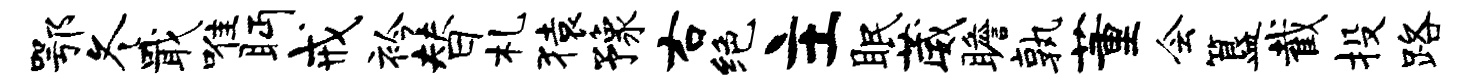
鄂冬戢唯眄戒衿替札猿豫右绝主眠葳瞻孰董会簋截投路